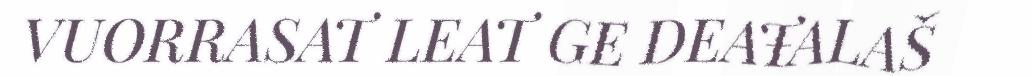
VUORRASAT LEAT GE DEAŦALAŠ